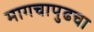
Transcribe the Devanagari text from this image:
मागचापुढचा